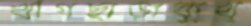
খাগছাড়াকুখ্